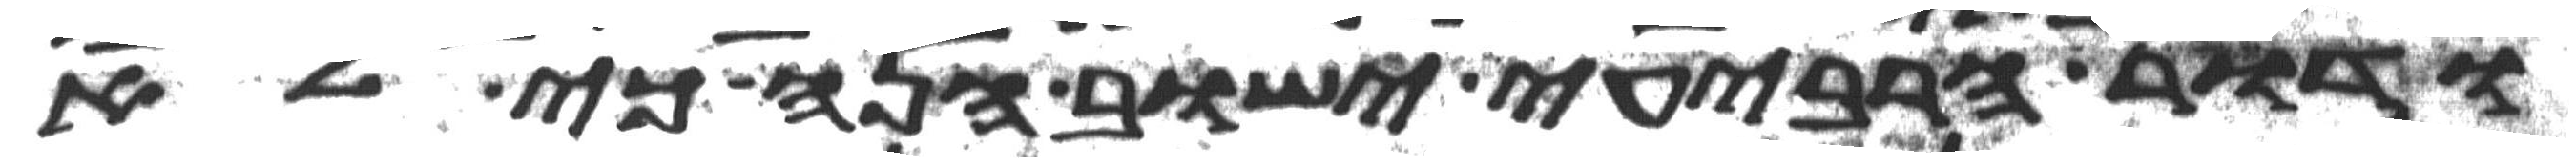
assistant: ודור הרביעי ישוב הנה כי לא